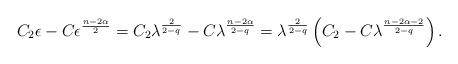
LaTeX: \begin{align*}C_2\epsilon-C\epsilon^\frac{n-2\alpha}{2}&=C_2\lambda^\frac{2}{2-q}-C\lambda^\frac{n-2\alpha}{2-q}=\lambda^\frac{2}{2-q}\left( C_2-C\lambda ^\frac{n-2\alpha-2}{2-q}\right).\end{align*}